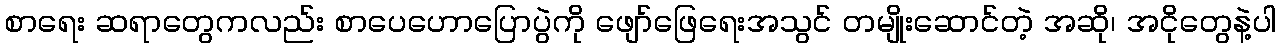
စာရေး ဆရာတွေကလည်း စာပေဟောပြောပွဲကို ဖျော်ဖြေရေးအသွင် တမျိုးဆောင်တဲ့ အဆို၊ အငိုတွေနဲ့ပါ